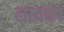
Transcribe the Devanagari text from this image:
लायका